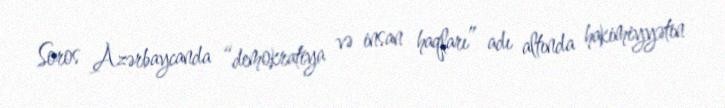
Soros Azərbaycanda “demokratiya və insan haqları” adı altında hakimiyyətin